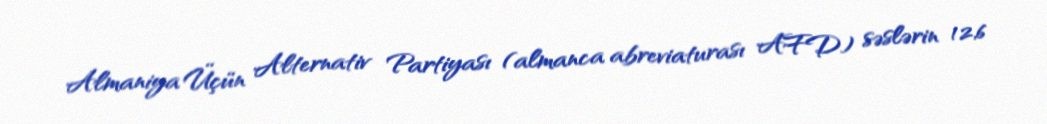
Almaniya Üçün Alternativ Partiyası (almanca abreviaturası AFD) səslərin 12,6